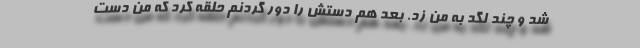
شد و چند لگد به من زد. بعد هم دستش را دور گردنم حلقه کرد که من دست